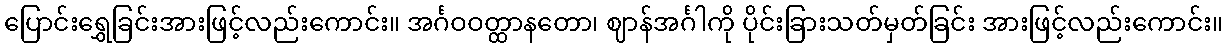
ပြောင်းရွှေခြင်းအားဖြင့်လည်းကောင်း။ အင်္ဂဝဝတ္ထာနတော၊ ဈာန်အင်္ဂါကို ပိုင်းခြားသတ်မှတ်ခြင်း အားဖြင့်လည်းကောင်း။